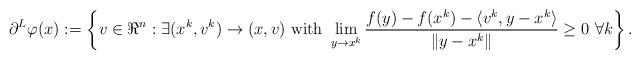
LaTeX: \begin{align*}\partial^L \varphi(x):=\left\{v\in \Re^n: \exists (x^k, v^k ) \to (x, v)\ {\rm with}\ \lim_{y\to x^k}\frac{f(y)-f(x^k)-\langle v^k, y-x^k\rangle}{\|y-x^k\|}\geq0\ \forall k\right\}.\end{align*}